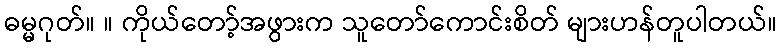
ဓမ္မဂုတ်။ ။ ကိုယ်တော့်အဖွားက သူတော်ကောင်းစိတ် များဟန်တူပါတယ်။